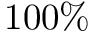
1 0 0 \%